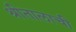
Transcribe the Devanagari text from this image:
श्रीतालाची